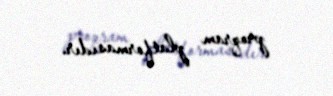
proqram platformasıdır.